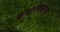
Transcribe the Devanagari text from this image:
कथालक्ष्मीच्या